Annual report on the working of the mental hospitals in the Madras Presidency - 1912-1932
Year: 1912
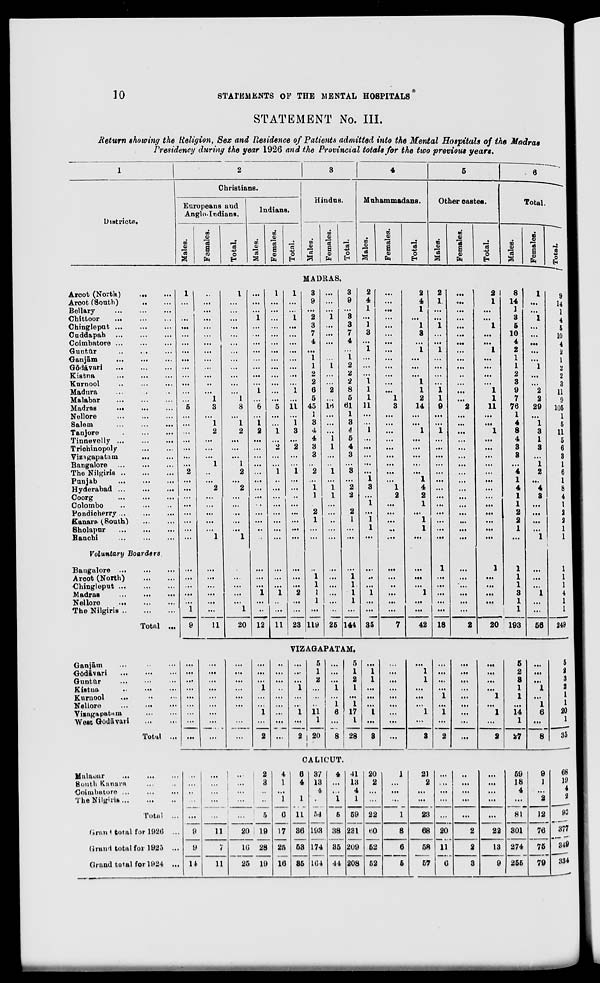
10
STATEMENTS OF THE MENTAL HOSPITALS*
STATEMENT No. III.
Return showing the Religion, Sex and Residence of Patients admitted into the Mental Hospitals of the Madras
Presidency during the year 1926 and the Provincial totals for the two previous years.
1
Districts.
2
Christians.
Europeans and
Anglo-Indians.
Males.
Females.
Total.
Indians.
Males.
Females.
Total.
3
Hindus.
Males.
Females.
Total.
4
Muhammadans.
Males.
Females.
Total.
5
Other castes.
Males.
Females.
Total.
6
Total.
Males.
Females.
Total.
MADRAS.
Arcot (North)
...
...
Arcot (South)
...
...
Bellary
...
...
...
Chittoor
... ... ...
Chingleput
...
...
...
Cuddapah
...
...
...
Coimbatore ... ... ...
Guntūr
...
...
...
Ganjām ... ... ...
Gōdāvari
...
...
...
Kistna
...
...
...
Kurnool ... ... ...
Madura ... ... ...
Malabar
...
...
...
Madras
... ... ...
Nellore ... ... ...
Salem
...
...
...
Tanjore
...
...
...
Tinnevelly
...
...
...
Trichinopoly
...
...
Vizagapatam
... ...
Bangalore
...
...
...
The Nilgiris
...
...
...
Punjab
...
...
...
Hyderabad ...
...
...
Coorg
...
...
...
Colombo ... ... ...
Pondicherry
...
...
...
Kanara (South) ... ...
Sholapur
...
...
...
Ranchi
...
...
...
Voluntary
Boarders.
Bangalore ...
...
...
Arcot (North)
...
...
Chingleput ...
...
...
Madras
...
...
...
Nellore
...
...
...
The Nilgiris
...
...
...
Total ...
1
...
...
...
...
...
...
...
...
...
...
...
...
...
5
...
...
...
...
...
...
...
2
...
...
...
...
...
...
...
...
...
...
...
...
...
1
9
...
...
...
...
...
...
...
...
...
...
...
...
...
1
3
...
1
2
...
...
...
1
...
...
2
...
...
...
...
...
1
...
...
...
...
...
...
11
1
...
...
...
...
...
...
...
...
...
...
...
...
1
8
...
1
2
...
...
...
1
2
...
2
...
...
...
...
...
1
...
...
...
...
...
1
20
...
...
...
1
...
...
...
...
...
...
...
...
1
...
6
...
1
2
...
...
...
...
...
...
...
...
...
...
...
...
...
...
...
...
1
...
...
12
1
...
...
...
...
...
...
...
...
...
...
...
...
...
5
...
...
1
...
2
...
...
1
...
...
...
...
...
...
...
...
...
...
...
1
...
...
11
1
...
...
1
...
...
...
...
...
...
...
...
1
...
11
...
1
3
...
2
...
...
1
...
...
...
...
...
...
...
...
...
...
...
2
...
...
23
3
9
...
2
3
7
4
...
1
1
2
2
6
5
45
1
3
4
4
3
3
...
2
...
1
1
...
2
1
...
...
...
1
1
1
1
...
119
...
...
...
1
...
...
...
...
...
1
...
...
2
...
16
...
...
...
1
1
...
...
1
...
1
1
...
...
...
...
...
...
...
...
...
...
...
25
3
9
...
3
3
7
4
...
1
2
2
2
8
5
61
1
3
4
5
4
3
...
3
...
2
2
...
2
1
...
...
...
1
1
1
1
...
144
2
4
1
...
1
3
...
1
...
...
...
1
1
1
11
...
...
1
...
...
...
...
...
1
3
...
1
...
1
1
...
...
...
...
1
...
...
35
...
...
...
...
...
...
...
...
...
...
...
...
...
1
3
...
...
...
...
...
...
...
...
...
1
2
...
...
...
...
...
...
...
...
...
...
...
7
2
4
1
...
1
3
...
1
...
...
...
1
1
2
14
...
...
1
...
...
...
...
...
1
4
2
1
...
1
1
...
...
...
...
1
...
...
42
2
1
...
...
1
...
...
1
...
...
...
...
1
1
9
...
...
1
...
...
...
...
...
...
...
...
...
...
...
...
...
1
...
...
...
...
...
18
...
...
...
...
...
...
...
...
...
...
...
...
...
...
2
...
...
...
...
...
...
...
...
...
...
...
...
...
...
...
...
...
...
...
...
...
...
2
2
1
...
...
1
...
...
1
...
...
...
...
1
1
11
...
...
1
...
...
...
...
...
...
...
...
...
...
...
...
...
1
...
...
...
...
...
20
8
14
1
3
5
10
4
2
1
1
2
3
9
7
76
1
4
8
4
3
3
...
4
1
4
1
1
2
2
1
...
1
1
1
3
1
1
193
1
...
...
1
...
...
...
...
...
1
...
...
2
2
29
...
1
3
1
3
...
1
2
...
4
3
...
...
...
...
1
...
...
...
1
...
...
56
9
14
1
4
5
10
4
2
1
2
2
3
11
9
105
1
5
11
5
6
3
1
6
1
8
4
1
2
2
1
1
1
1
1
4
1
1
249
VIZAGAPATAM.
Ganjām
...
...
...
Gōdāvari
...
...
...
Guntūr
...
...
...
Kistna
...
...
...
Kurnool
... ... ...
Nellore
...
...
...
Vizagapatam
...
...
West Gōdāvari ... ...
Total ...
...
...
...
...
...
...
...
...
...
...
...
...
...
...
...
...
...
...
...
...
...
...
...
...
...
...
...
...
...
...
1
...
...
1
...
2
...
...
...
...
...
...
...
...
...
...
...
...
1
...
...
1
...
2
5
1
2
...
...
...
11
1
20
...
...
...
1
...
1
6
...
8
5
1
2
1
...
1
17
1
28
...
1
1
...
...
...
1
...
3
...
...
...
...
...
...
...
...
...
...
1
1
...
...
...
1
...
3
...
...
...
...
1
...
1
...
2
...
...
...
...
...
...
...
...
...
...
...
...
...
1
...
1
...
2
5
2
3
1
1
...
14
1
27
...
...
...
1
...
1
6
...
8
5
2
3
2
1
1
20
1
35
CALICUT.
Malapur
... ... ...
South Kanara ... ...
Coimbatore ... ... ...
The Nilgiris
...
...
...
Total ...
Grand total for 1926 ...
Grand total for 1925 ...
Grand total for 1924 ...
...
...
...
...
...
9
9
14
...
...
...
...
...
11
7
11
...
...
...
...
...
20
16
25
2
3
...
...
5
19
28
19
4
1
...
1
6
17
25
16
6
4
...
1
11
36
53
35
37
13
4
...
54
193
174
164
4 ...
...
1
5
38
35
44
41
13
4
1
59
231
209
208
20
2
...
...
22
60
52
52
1
...
...
...
1
8
6
5
21
2
...
...
23
68
58
57
...
...
...
...
...
20
11
6
...
...
...
...
...
2
2
3
...
...
...
...
...
22
13
9
59
18
4
...
81
301
274
255
9
1
...
2
12
76
75
79
68
19
4
2
93
377
349
334